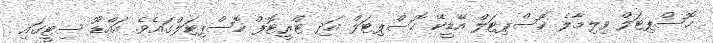
ހޮސްޕިޓަލް ވިލިމާލެ ހޮސްޕިޓަލް އޭޑީކޭ ހޮސްޕިޓަލް އަދި ޓްރީޓޮޕް ހޮސްޕިޓަލްގައެވެ. އައްޑޫ ސިޓީގައި